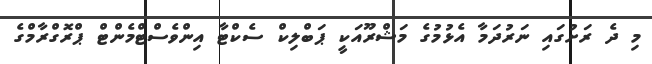
މި ދެ ރަށުގައި ނަރުދަމާ އެޅުމުގެ މަޝްރޫއަކީ ޕަބްލިކް ސެކްޓާ އިންވެސްޓްމެންޓް ޕްރޮގްރާމްގެ